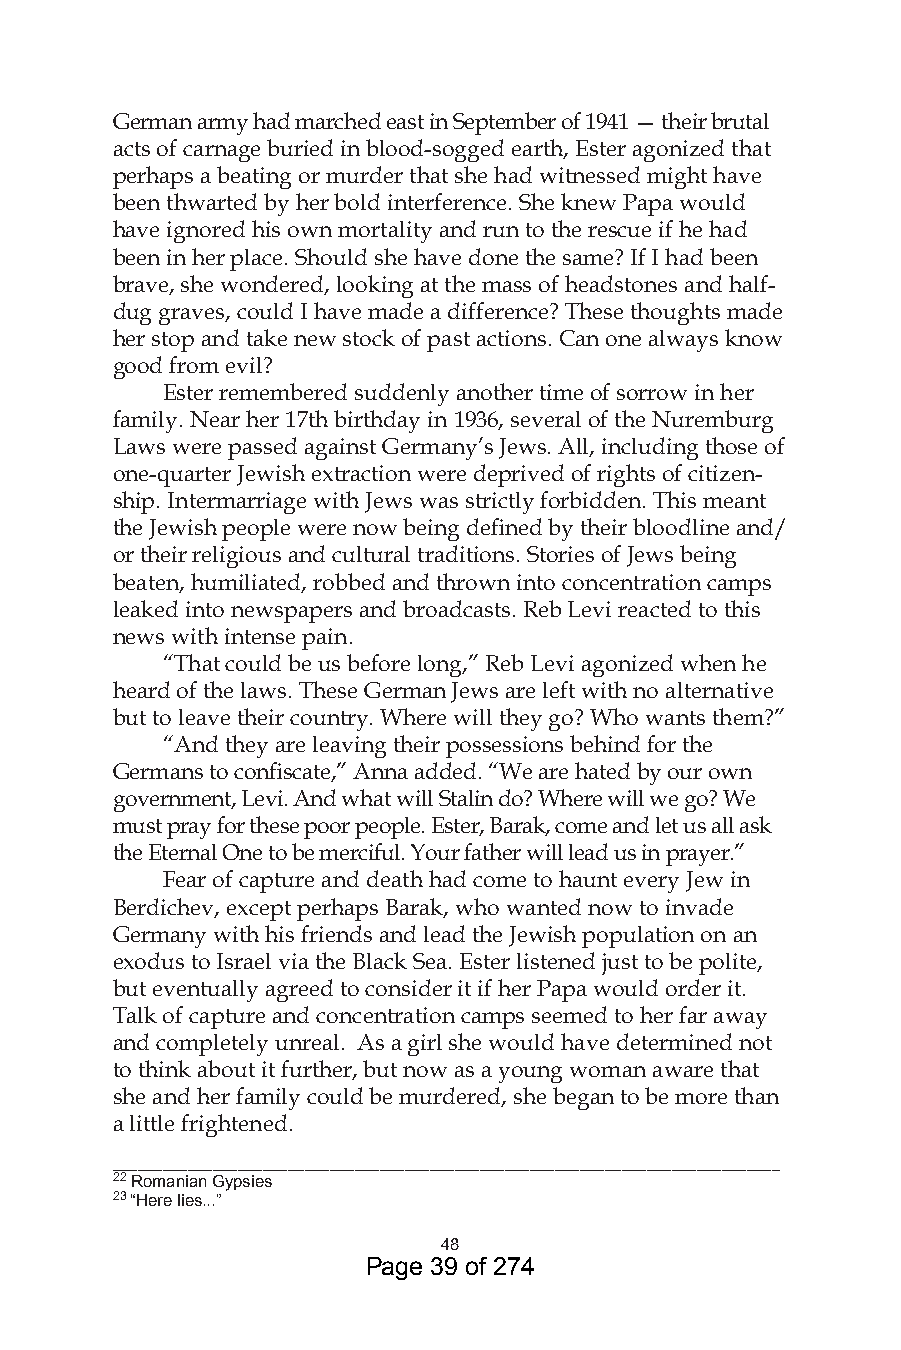
German army had marched east in September of 1941 — their brutal
 acts of carnage buried in blood-sogged earth, Ester agonized that
 perhaps a beating or murder that she had witnessed might have
 been thwarted by her bold interference. She knew Papa would
 have ignored his own mortality and run to the rescue if he had
 been in her place. Should she have done the same? If I had been
 brave, she wondered, looking at the mass of headstones and half-
 dug graves, could I have made a difference? These thoughts made
 her stop and take new stock of past actions. Can one always know
 good from evil?
 Ester remembered suddenly another time of sorrow in her
 family. Near her 17th birthday in 1936, several of the Nuremburg
 Laws were passed against Germany’s Jews. All, including those of
 one-quarter Jewish extraction were deprived of rights of citizen-
 ship. Intermarriage with Jews was strictly forbidden. This meant
 the Jewish people were now being defined by their bloodline and/
 or their religious and cultural traditions. Stories of Jews being
 beaten, humiliated, robbed and thrown into concentration camps
 leaked into newspapers and broadcasts. Reb Levi reacted to this
 news with intense pain.
 “That could be us before long,” Reb Levi agonized when he
 heard of the laws. These German Jews are left with no alternative
 but to leave their country. Where will they go? Who wants them?”
 “And they are leaving their possessions behind for the
 Germans to confiscate,” Anna added. “We are hated by our own
 government, Levi. And what will Stalin do? Where will we go? We
 must pray for these poor people. Ester, Barak, come and let us all ask
 the Eternal One to be merciful. Your father will lead us in prayer.”
 Fear of capture and death had come to haunt every Jew in
 Berdichev, except perhaps Barak, who wanted now to invade
 Germany with his friends and lead the Jewish population on an
 exodus to Israel via the Black Sea. Ester listened just to be polite,
 but eventually agreed to consider it if her Papa would order it.
 Talk of capture and concentration camps seemed to her far away
 and completely unreal. As a girl she would have determined not
 to think about it further, but now as a young woman aware that
 she and her family could be murdered, she began to be more than
 a little frightened.
 ________________________________________________________________________________
  Romanian Gypsies
  “Here lies...”
 48
 Page 39 of 274